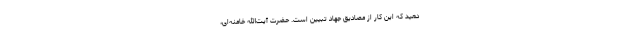
دهید که این کار از مصادیق جهاد تبیین است. حضرت آیت‌الله خامنه‌ای،